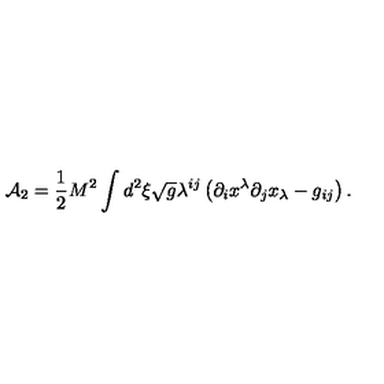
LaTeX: { \cal A } _ { 2 } = \frac { 1 } { 2 } M ^ { 2 } \int _ { } ^ { } d ^ { 2 } \xi \sqrt { g } \lambda ^ { i j } \left( \partial _ { i } x ^ { \lambda } \partial _ { j } x _ { \lambda } - g _ { i j } \right) { . }